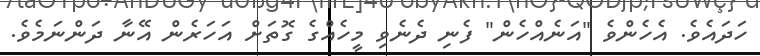
ހަދައެވެ. އެހެންވެ "އަނެއްހެން" ފެނި ދެނެވި މީހެއްގެ ގޮތަށް އަހަރެން އޭނާ ދަންނަމެވެ.